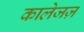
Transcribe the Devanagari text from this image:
कालेजज़